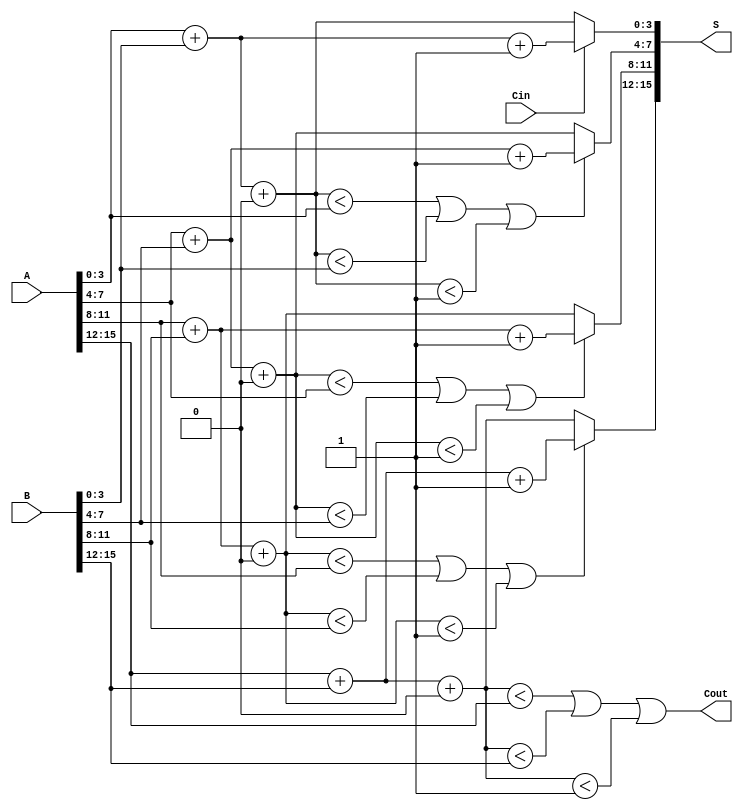
module han_carlson_adder #(
    parameter N = 16, // Width of the input numbers
    parameter K = 4   // Width of each block
)(
    input  [N-1:0] A,   // First input
    input  [N-1:0] B,   // Second input
    input          Cin,  // Carry-in
    output [N-1:0] S,   // Sum output
    output         Cout   // Carry-out
);

    // Number of blocks
    localparam NUM_BLOCKS = N / K;

    // Internal wires for carry and sum
    wire [K-1:0] sum0 [0:NUM_BLOCKS-1]; // Sum when carry-in is 0
    wire [K-1:0] sum1 [0:NUM_BLOCKS-1]; // Sum when carry-in is 1
    wire [NUM_BLOCKS-1:0] carry_out;     // Carry-out from each block
    wire [NUM_BLOCKS-1:0] carry_in;      // Carry-in to each block

    // Generate carry_in for each block
    assign carry_in[0] = Cin; // First block uses the external carry-in

    // Block generation
    genvar i;
    generate
        for (i = 0; i < NUM_BLOCKS; i = i + 1) begin : adder_blocks
            // Calculate sums for carry-in = 0 and carry-in = 1
            assign sum0[i] = A[i*K +: K] + B[i*K +: K] + 0;
            assign sum1[i] = A[i*K +: K] + B[i*K +: K] + 1;

            // Calculate carry-out for the current block
            assign carry_out[i] = (sum0[i] < A[i*K +: K]) || (sum0[i] < B[i*K +: K]) || (sum0[i] < 1);

            // Select the appropriate sum based on carry-in
            if (i > 0) begin
                assign carry_in[i] = carry_out[i-1];
            end

            // MUX to select the correct sum based on carry_in
            assign S[i*K +: K] = carry_in[i] ? sum1[i] : sum0[i];
        end
    endgenerate

    // Final carry-out
    assign Cout = carry_out[NUM_BLOCKS-1];

endmodule